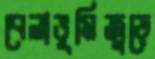
বেলাভূমিজুড়ে